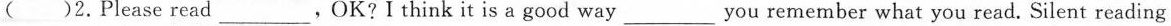
( )2.Please read ___,OK?I think it is a good way ___ you remember what you read. Silent reading